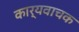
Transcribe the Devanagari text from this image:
कार्यवाचक